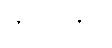
ကုလလာပိ